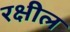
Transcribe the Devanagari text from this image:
रक्षील